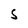
Character: S